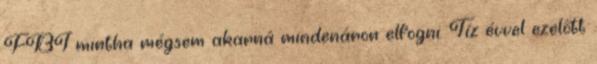
FBI mintha mégsem akarná mindenáron elfogni. Tíz évvel ezelőtt